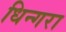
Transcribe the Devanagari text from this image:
धिन्गरा